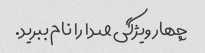
چهار ویژگی صدا را نام ببرید.